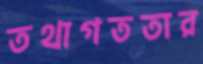
তথাগততার